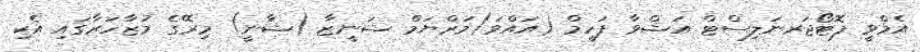
އެމްވީ ފޮޓޯޖަރނަލިސްޓް އަޝްވާ ފަހީމް (އައްވަ)މަރްޔަމް ޝަނީޒާ (ޝާނީ) މިރޭގެ މުޒާހަރާގައި އެކި